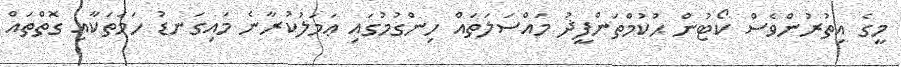
މީގެ އިތުރުންވެސް ކޯޓުން ޙުކުމްތަންފީޛު މައްސަލަތައް ހިންގުމުގައި ޢަމަލުކުރާނެ މައިގަނޑު ހަމަތަކާއި ގޮތްތައް